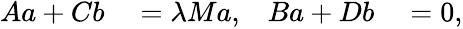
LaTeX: \begin{array}{rlrl}{Aa+Cb}&{{}=\lambda Ma,}&{Ba+Db}&{{}=0,}\end{array}